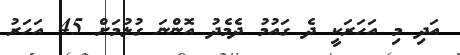
އަދި މި އަހަރަކީ ދެ ގައުމު ދެމެދު އޮންނަ ގުޅުމަށް 45 އަހަރު